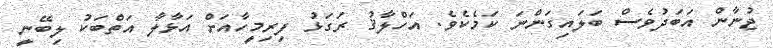
ޖުނާން އަބަދުވެސް ބަލައިގަންނަ ކަމެކެވެ. އަހްލާޤު ރަގަޅު ފިރިމީހާއަށް އަޅާލާ އަތްބަކު ލިބޭނީ